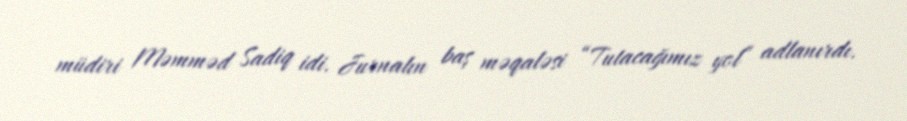
müdiri Məmməd Sadiq idi. Jurnalın baş məqaləsi “Tutacağımız yol” adlanırdı.